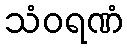
သံဝရဏံ